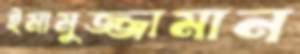
ইমামুজ্জামান